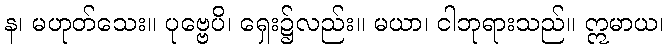
န၊ မဟုတ်သေး။ ပုဗ္ဗေပိ၊ ရှေး၌လည်း။ မယာ၊ ငါဘုရားသည်။ ဣမာယ၊